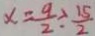
x = \frac { 9 } { 2 } \div \frac { 1 5 } { 2 }